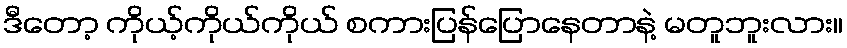
ဒီတော့ ကိုယ့်ကိုယ်ကိုယ် စကားပြန်ပြောနေတာနဲ့ မတူဘူးလား။